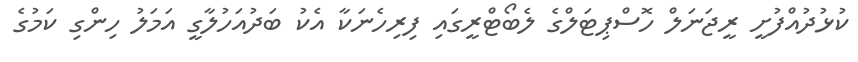
ކުޅުދުއްފުށީ ރީޖަނަލް ހޮސްޕިޓަލްގެ ލެބޯޓްރީގައި ފިރިހެނަކާ އެކު ބަދުއަހުލާގީ އަމަލު ހިންގި ކަމުގެ